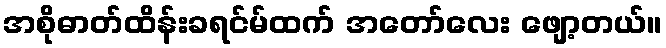
အစိုဓာတ်ထိန်းခရင်မ်ထက် အတော်လေး ဖျော့တယ်။